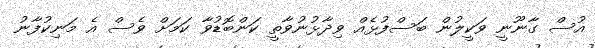
އުސް ގާނޫނީ ވަކީލުން ބަސްފުޅެއް ވިދާޅުނުވާތީ ކަންބޮޑުވާ ކަމަށް ވެސް އެ މަނިކުފާނު